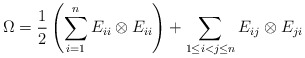
\begin{gather*}\Omega={1 \over 2} \left(\sum_{i=1}^{n} E_{ii} \otimes E_{ii} \right) +\sum_{1 \le i < j \le n} E_{ij} \otimes E_{ji}\end{gather*}